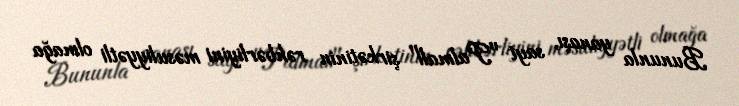
Bununla yanaşı, sayt "Palmali" şirkətinin rəhbərliyini məsuliyyətli olmağa